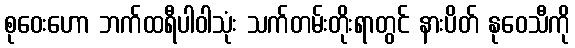
စုဝေးဟော ဘက်ထရီပါဝါသုံး သက်တမ်းတိုးရာတွင် နားပိတ် နုဝေသီကို